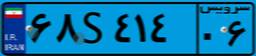
۶۱S۵۸۹۸۳